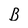
Character: B